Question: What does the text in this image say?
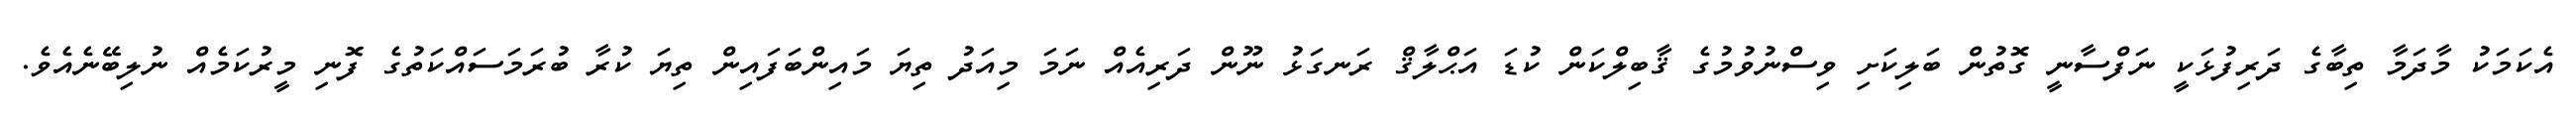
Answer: އެކަމަކު މާދަމާ ތިބާގެ ދަރިފުޅަކީ ނަފްސާނީ ގޮތުން ބަލިކަށި ވިސްނުވުމުގެ ޤާބިލްކަން ކުޑަ އަޙްލާޤް ރަނގަޅު ނޫން ދަރިއެއް ނަމަ މިއަދު ތިޔަ މައިންބަފައިން ތިޔަ ކުރާ ބުރަމަސައްކަތުގެ ފޮނި މީރުކަމެއް ނުލިބޭނެއެވެ.